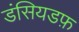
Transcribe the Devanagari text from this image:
डंसियडफ़